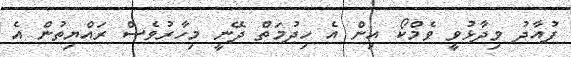
ފުއާދު ވިދާޅުވީ ވެމްކޯ އިން އެ ހިދުމަތް ދޭނީ މިހާރުވެސް ރައްޔިތުން އެ